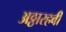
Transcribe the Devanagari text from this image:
अठ्ठारहवी